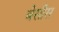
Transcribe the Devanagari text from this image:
बेसीस